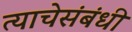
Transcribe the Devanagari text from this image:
त्याचेसंबंधी